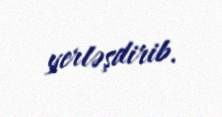
yerləşdirib.